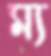
ম্য